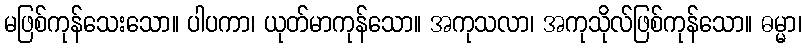
မဖြစ်ကုန်သေးသော။ ပါပကာ၊ ယုတ်မာကုန်သော။ အကုသလာ၊ အကုသိုလ်ဖြစ်ကုန်သော။ ဓမ္မာ၊